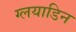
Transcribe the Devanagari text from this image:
ग्लयाडिन